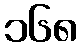
၁၆၈